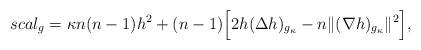
LaTeX: \begin{align*} scal_g=\kappa n(n-1)h^2+(n-1)\Big[2h(\Delta h)_{g_\kappa}-n\|(\nabla h)_{g_\kappa}\|^2\Big], \end{align*}